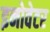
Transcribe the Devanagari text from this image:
इनोवेटर